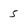
Character: 5